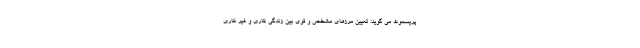
پریسموث می گوید: تعیین مرزهای مشخص و قوی بین زندگی کاری و غیر کاری